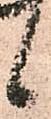
候